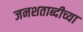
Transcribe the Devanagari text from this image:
जनशताब्दीच्या